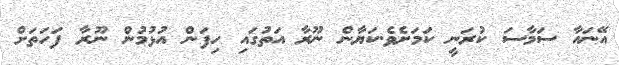
އޭނައާ ސަމާސަ ކުރަނީ ކަމަށެވެ.ކަޔާން ނޫރާ އަތުގައި ހިފަން އުޅުމުން ނޫރާ ފަހަތަށް